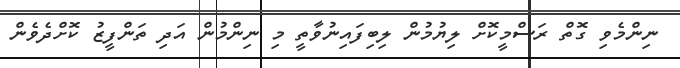
ނިންމެވި ގޮތް ރަސްމީކޮށް ލިޔުމުން ލިބިފައިނުވާތީ މި ނިންމުން އަދި ތަންފީޒު ކޮށްދެވެން